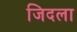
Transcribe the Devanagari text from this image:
जिदला